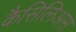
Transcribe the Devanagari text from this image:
कैसिलिअस